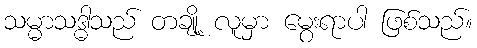
သမ္မာသဒ္ဓါသည် တချို့ လူမှာ မွေးရာပါ ဖြစ်သည်။